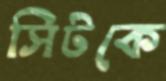
সিটকে